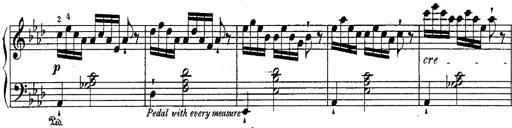
Title: Schubert's Impromptus [revised and edited by Franz Liszt]
Composer: Franz Liszt